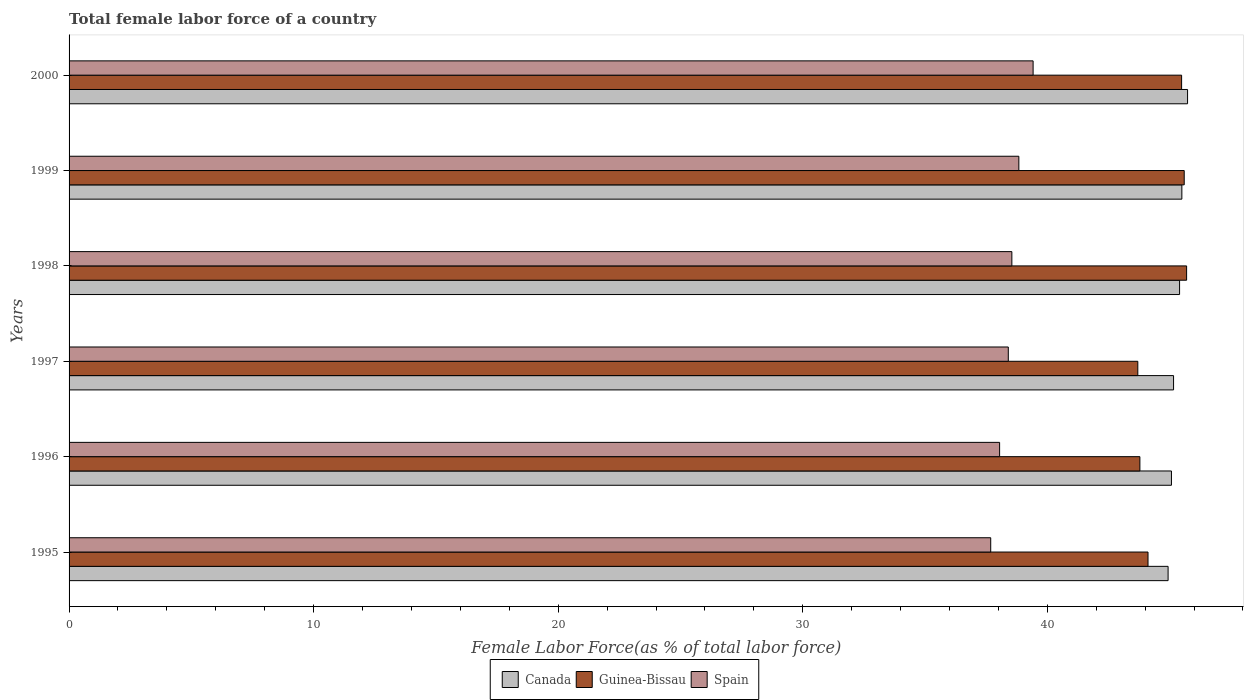
| Years | Canada | Guinea-Bissau | Spain |
 | --- | --- | --- | --- |
 | 1995 | 44.9 | 44.1 | 37.7 |
 | 1996 | 45.1 | 43.8 | 38.1 |
 | 1997 | 45.2 | 43.7 | 38.4 |
 | 1998 | 45.4 | 45.7 | 38.6 |
 | 1999 | 45.5 | 45.6 | 38.8 |
 | 2000 | 45.7 | 45.5 | 39.4 |